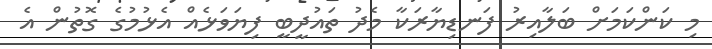
މި ކަންކަމަށް ބަލާއިރު ފަނޑިޔާރަކާ މެދު ތައުދީބީ ފިޔަވަޅެއް އެޅުމުގެ ގޮތުން އެ